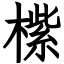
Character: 橴